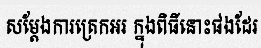
សម្តែងការត្រេកអរ ក្នុងពិធីនោះផងដែរ